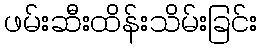
ဖမ်းဆီးထိန်းသိမ်းခြင်း